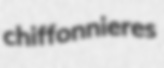
chiffonnieres